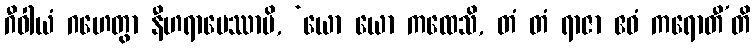
ဂီဝါယံ ဂဟေတွာ နီဟရာပေဿာမိ, ‘ယော ယော ကထေသိ, တံ တံ ရာဇာ ဧဝံ ကရောတီ’တိ